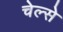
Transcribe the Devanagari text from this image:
चेल्से